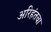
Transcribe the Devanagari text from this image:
अरिहंतचा